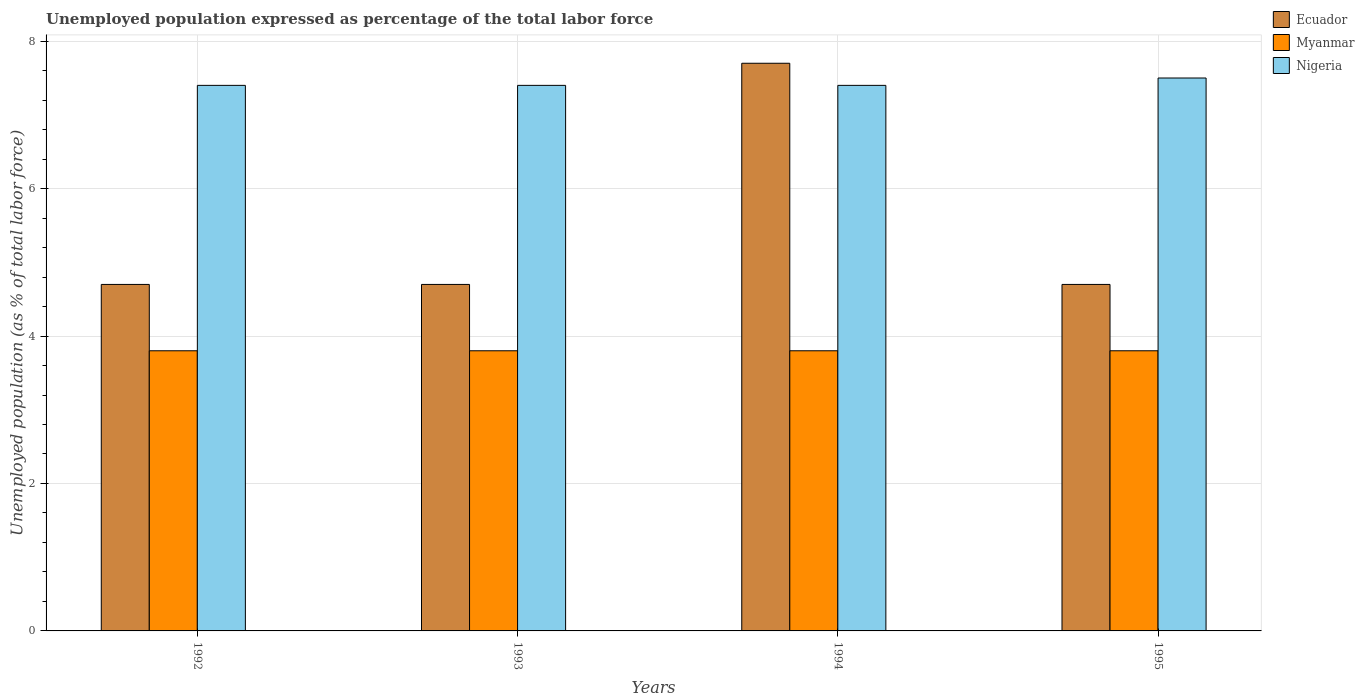
| Years | Ecuador | Myanmar | Nigeria |
 | --- | --- | --- | --- |
 | 1992 | 4.7 | 3.8 | 7.4 |
 | 1993 | 4.7 | 3.8 | 7.4 |
 | 1994 | 7.7 | 3.8 | 7.4 |
 | 1995 | 4.7 | 3.8 | 7.5 |